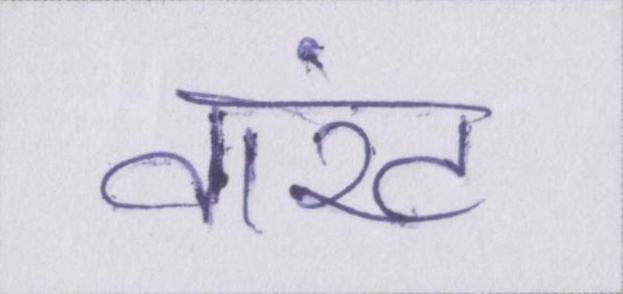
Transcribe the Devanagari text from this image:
वारंट